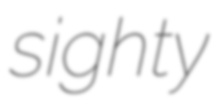
sighty